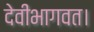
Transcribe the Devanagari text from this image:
देवीभागवत।